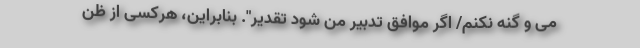
می و گنه نکنم/ اگر موافق تدبیر من شود تقدیر". بنابراین، هرکسی از ظنّ